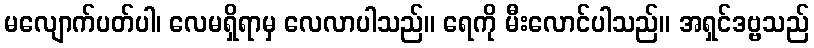
မလျောက်ပတ်ပါ၊ လေမရှိရာမှ လေလာပါသည်။ ရေကို မီးလောင်ပါသည်။ အရှင်ဒဗ္ဗသည်